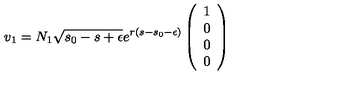
v _ { 1 } = N _ { 1 } \sqrt { s _ { 0 } - s + \epsilon } e ^ { r ( s - s _ { 0 } - \epsilon ) } \left( \begin{array} { c } { 1 } \\ { 0 } \\ { 0 } \\ { 0 } \\ \end{array} \right)